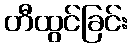
တီထွင်ခြင်း